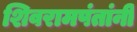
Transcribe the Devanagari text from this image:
शिवरामपंतांनी